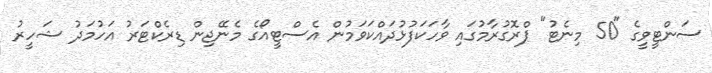
ސަންޓީވީގެ "50 މިނެޓު" ޕްރޮގުރާމުގައި ވާހަކަފުޅުދައްކަވަމުން އެސްޓީއޯގެ މެނޭޖިން ޑިރެކްޓަރު އަހުމަދު ޝަހީރު